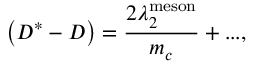
\left( D ^ { * } - D \right) = { \frac { 2 \lambda _ { 2 } ^ { \mathrm { m e s o n } } } { m _ { c } } } + . . . ,